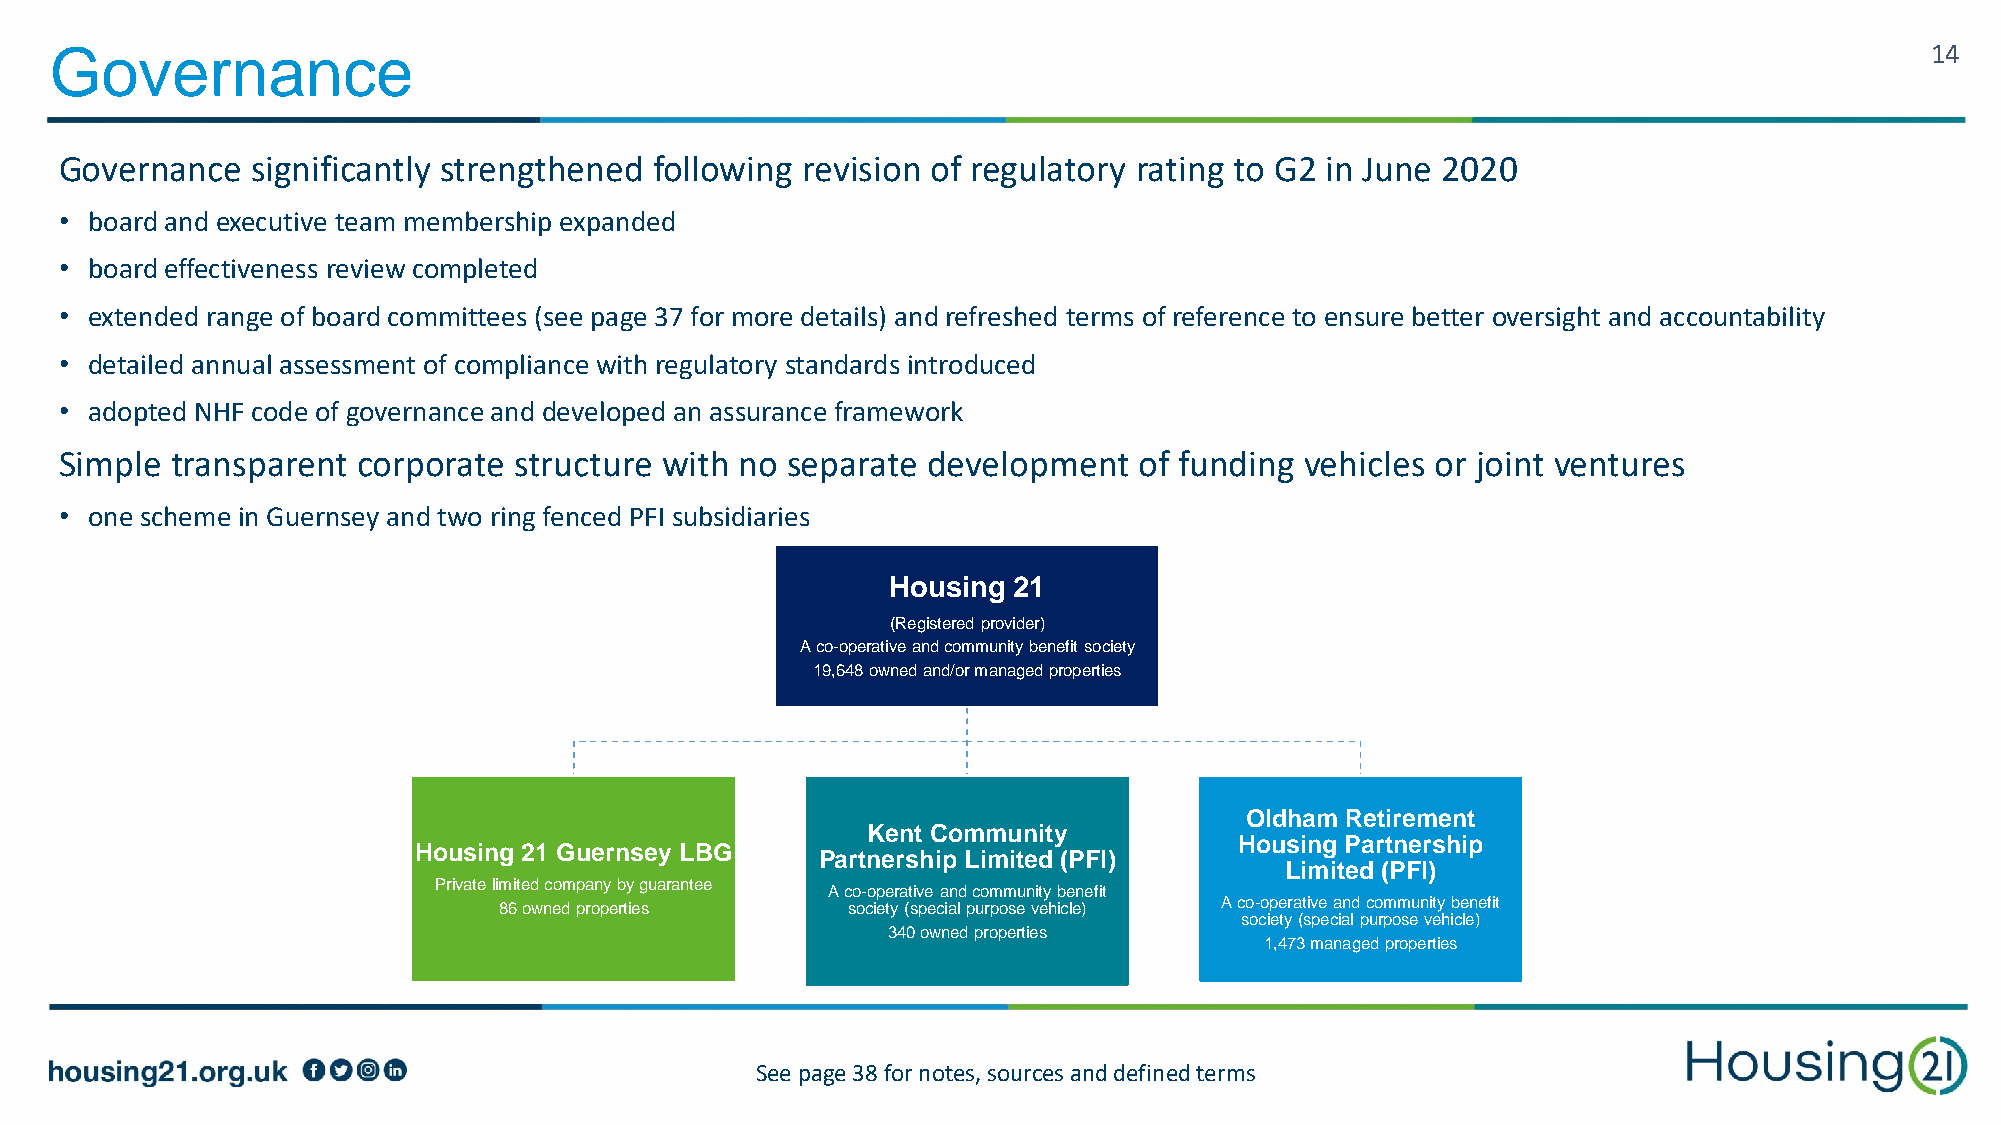
Governance                                                                                                                   14
 Governance   significantly strengthened following revision of regulatory rating to G2 in June 2020
 • board and executive team membership expanded
 • board effectiveness review completed
 • extended range of board committees (see page 37 for more details) and refreshed terms of reference to ensure better oversight and accountability
 • detailed annual assessment of compliance with regulatory standards introduced
 • adopted NHF code of governance and developed an assurance framework
 Simple transparent  corporate structure with no separate development   of funding vehicles or joint ventures
 • one scheme in Guernsey and two ring fenced PFI subsidiaries
 Housing 21
 (Registered provider)
 A co-operative and community benefit society
 19,648 owned and/or managed properties
 Oldham Retirement
 Kent Community
 Housing Partnership
 Housing 21 Guernsey LBG
 Partnership Limited (PFI)
 Limited (PFI)
 Private limited company by guarantee
 A co-operative and community benefit
 A co-operative and community benefit
 86 owned properties    society (special purpose vehicle)
 society (special purpose vehicle)
 340 owned properties
 1,473 managed properties
 See page 38 for notes, sources and defined terms